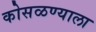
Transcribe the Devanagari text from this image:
कोसळण्याला